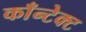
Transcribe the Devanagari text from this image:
काँन्टेक्ट